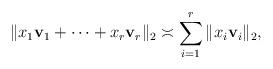
LaTeX: \begin{align*}\|x_1\mathbf{v}_1+\dots+x_r\mathbf{v}_r\|_2\asymp \sum_{i=1}^r\|x_i\mathbf{v}_i\|_2,\end{align*}